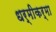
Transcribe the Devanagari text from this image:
धर्मीकर्मा